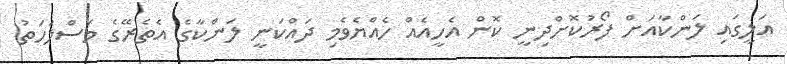
އަލީގައި ލަންކާއަށް ފޯރުކޮށްދިނީ ކޮން އެހީއެއް ހެއްޔެވެމި ދައްކަނީ ލަންކާގެ އެތެރޭގެ މަސްލަހަތު